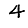
Digit: 4